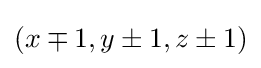
\textstyle (x\mp 1,y\pm 1,z\pm 1)